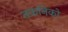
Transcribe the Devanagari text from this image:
तकनिको